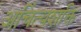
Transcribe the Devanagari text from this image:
अचिंत्यशक्ति